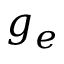
g _ { e }